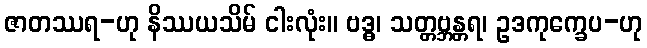
ဇာတဿရ-ဟု နိဿယသိမ် ငါးလုံး။ ဗဒ္ဓ၊ သတ္တဗ္ဘန္တရ၊ ဥဒကုက္ခေပ-ဟု